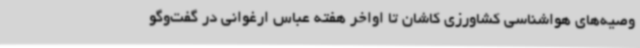
وصیه‌های هواشناسی کشاورزی کاشان تا اواخر هفته عباس ارغوانی در گفت‌وگو